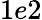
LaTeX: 1e2